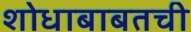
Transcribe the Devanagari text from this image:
शोधाबाबतची